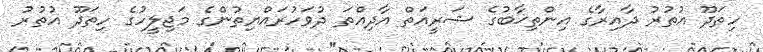
ހިތަދޫ އުތުރު ދާއިރާގެ އިންތިޚާބުގެ ޝަރީއަތް އާދިއްތަ ދުވަހުރައްޔިތުންގެ މަޖިލީހުގެ ހިތަދޫ އުތުރު